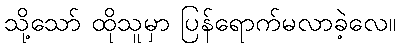
သို့သော် ထိုသူမှာ ပြန်ရောက်မလာခဲ့လေ။